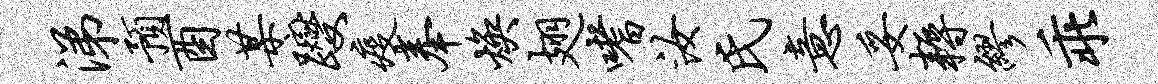
涕预酉某躞疫奉焕翅嗜汝氏意妥耨缪乖